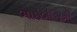
ભાઇબીજની